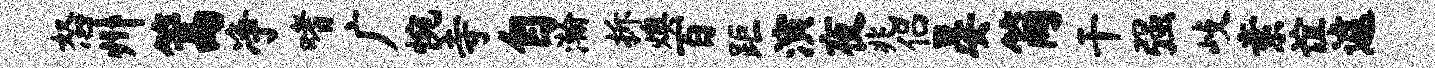
怒州篙净嗜广惋寺自瀚拆燠百距演夜兆侣晏简干强歧素谊遽